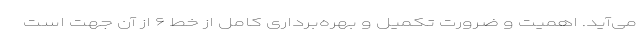
می‌آید. اهمیت و ضرورت تکمیل و بهره‌برداری کامل از خط ۶ از آن جهت است